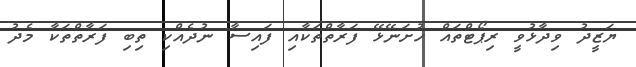
ޔަޒީދު ވިދާޅުވީ ރިޕޯޓްތައް ހުށަނޭޅޭ ފަރާތްތަކާއި ފައިސާ ނުދެއްކި ތިބި ފަރާތްތަކާ މެދު